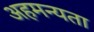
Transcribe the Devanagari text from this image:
अहमन्यता